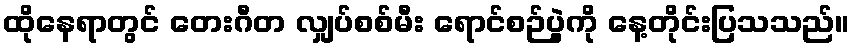
ထိုနေရာတွင် တေးဂီတ လျှပ်စစ်မီး ရောင်စဉ်ပွဲကို နေ့တိုင်းပြသသည်။